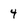
Character: 4